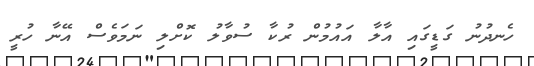
ހެނދުނު ގަޑީގައި އާލާ އައުމުން ރުކާ ސުވާލު ކޮށްލި ނަމަވެސް އޭނާ ހުރީ